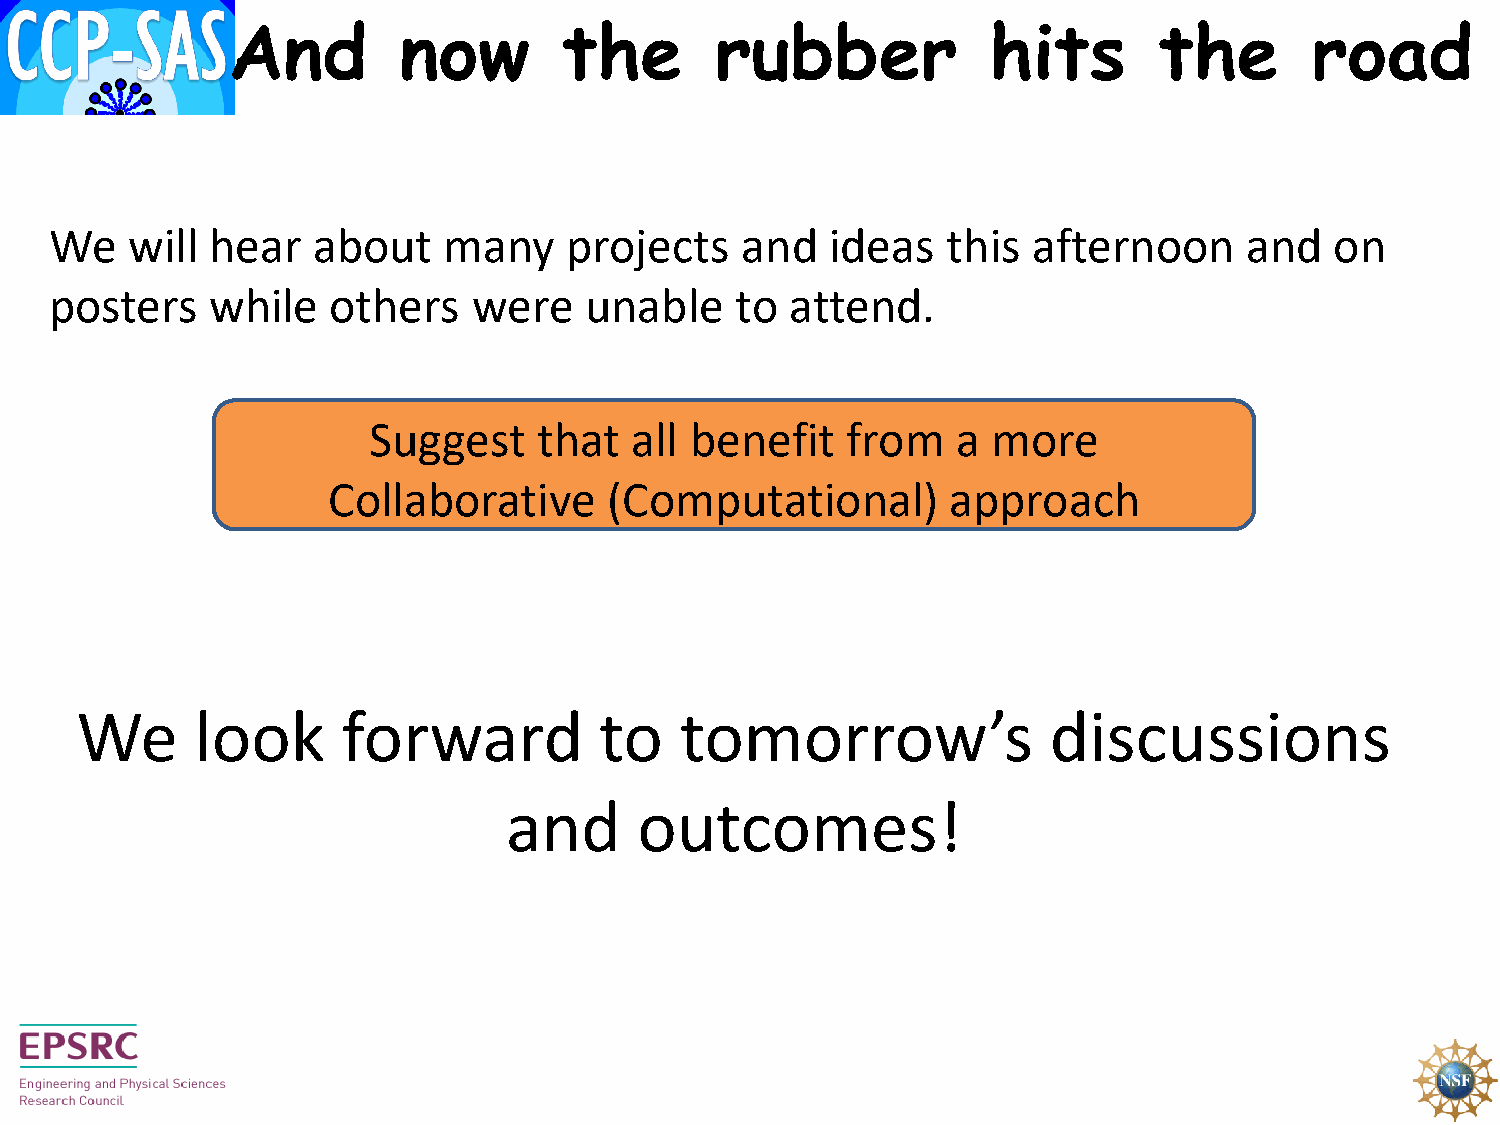
And        now        the       rubber             hits       the       road
 We   will  hear   about   many     projects   and   ideas   this afternoon     and   on
 posters    while   others   were    unable    to attend.
 Suggest     that  all benefit   from   a  more
 Collaborative     (Computational)        approach
 We      look      forward          to   tomorrow’s              discussions
 and      outcomes!